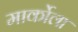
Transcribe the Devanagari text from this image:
मार्कोला